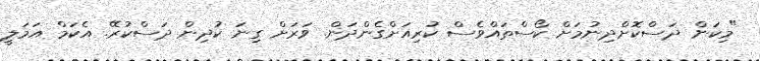
"މިކަން ދަސްކޮށްދިނުމަށް ކޯސްތައްވެސް ކުރިއަށްގެންދަން. ވަރަށް ގިނަ ކުދިން ދަސްކުރޭ. އެކަމް އަމަލީ